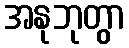
အနုဘုတွာ